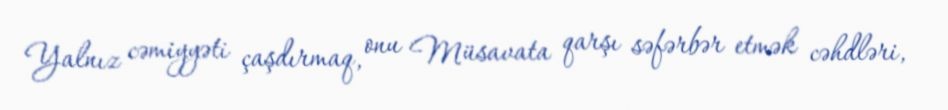
Yalnız cəmiyyəti çaşdırmaq, onu Müsavata qarşı səfərbər etmək cəhdləri,